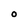
Character: O